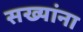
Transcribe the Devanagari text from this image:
सख्यांना